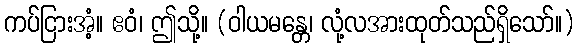
ကပ်ငြားအံ့။ ဧဝံ၊ ဤသို့။ (ဝါယမန္တေ၊ လုံ့လအားထုတ်သည်ရှိသော်။)